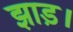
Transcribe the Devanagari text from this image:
झाड़।